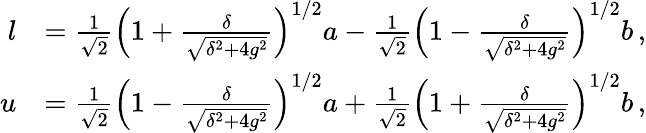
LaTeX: \begin{array}{rl}{l}&{=\frac{1}{\sqrt{2}}\left(1+\frac{\delta}{\sqrt{\delta^{2}+4g^{2}}}\right)^{1/2}a-\frac{1}{\sqrt{2}}\left(1-\frac{\delta}{\sqrt{\delta^{2}+4g^{2}}}\right)^{1/2}b\, ,}\\ {u}&{=\frac{1}{\sqrt{2}}\left(1-\frac{\delta}{\sqrt{\delta^{2}+4g^{2}}}\right)^{1/2}a+\frac{1}{\sqrt{2}}\left(1+\frac{\delta}{\sqrt{\delta^{2}+4g^{2}}}\right)^{1/2}b\, ,}\end{array}